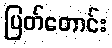
ပြတ်တောင်း